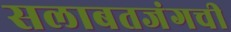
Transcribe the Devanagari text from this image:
सलाबतजंगची